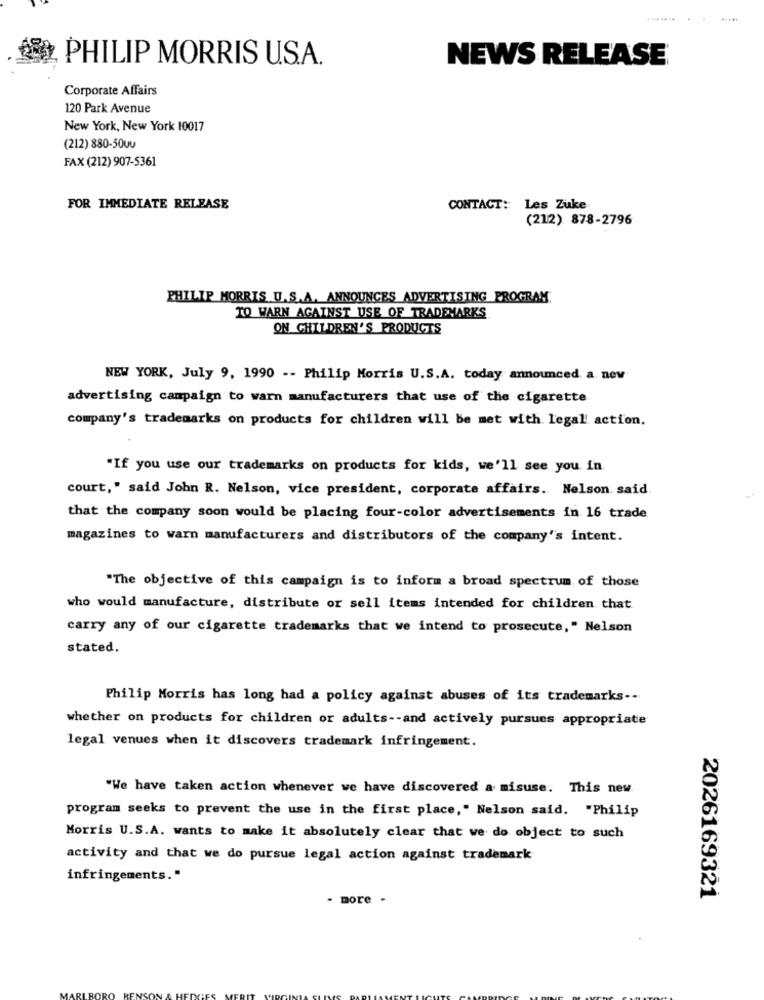
PHILIP MORRIS U.S.A.
NEWS RELEASE
Corporate Affairs
120 Park Avenue
New York, New York 10017
(212) 880-50uu
FAX (212) 907-5361
FOR IMMEDIATE RELEASE
CONTACT: Les Zuke
(212) 878-2796
PHILIP MORRIS U.S.A. ANNOUNCES ADVERTISING PROGRAM
TO WARN AGAINST USE OF TRADEMARKS
ON CHILDREN'S PRODUCTS
NEW YORK, July 9, 1990 -- Philip Morris U.S.A. today announced a new
advertising campaign to warn manufacturers that use of the cigarette
company's trademarks on products for children will be met with. legal action.
"If you use our trademarks on products for kids, we'll see you in
court," said John R. Nelson, vice president, corporate affairs. Nelson. said
that the company soon would be placing four-color advertisements in 16 trade
magazines to warn manufacturers and distributors of the company's intent.
"The objective of this campaign is to inform a broad spectrum of those
who would manufacture, distribute or sell items intended for children that
carry any of our cigarette trademarks that we intend to prosecute," Nelson
stated.
Philip Morris has long had a policy against abuses of its trademarks --
whether on products for children or adults -- and actively pursues appropriate
legal venues when it discovers trademark infringement.
"We have taken action whenever we have discovered a misuse. This new
program seeks to prevent the use in the first place," Nelson said. "Philip
Morris U.S.A. wants to make it absolutely clear that we do object to such
activity and that we do pursue legal action against trademark
infringements."
- more -
2026169321